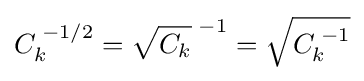
C_{k}^{\;-1/2}={\sqrt {C_{k}}}^{\;-1}={\sqrt {C_{k}^{\;-1}}}